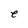
Character: e